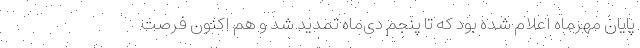
پایان مهرماه اعلام شده بود که تا پنجم دی‌ماه تمدید شد و هم اکنون فرصت